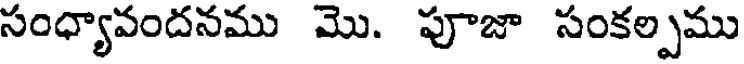
సంధ్యావందనము మొ. పూజా సంకల్పము